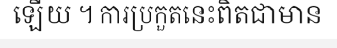
ឡើយ ។ ការប្រកួតនេះពិតជាមាន